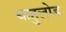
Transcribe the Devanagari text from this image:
बाहुलोड